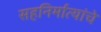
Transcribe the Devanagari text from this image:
सहनिर्मात्यांचे